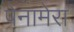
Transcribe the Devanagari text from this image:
पेनामेरा